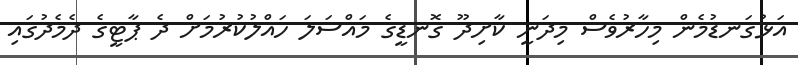
އަޅުގަނޑުމެން މިހާރުވެސް މިދަނީ ކާށިދޫ ގޮނޑީގެ މައްސަލަ ހައްލުކުރުމަށް ދެ ޕާޓީގެ ދެމެދުގައި